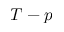
T - p